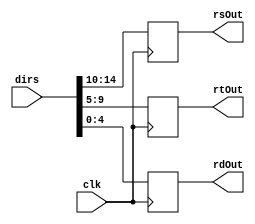
module BFF(
	input clk,
	input [14:0]dirs,
	output reg [4:0]
		rsOut,
		rtOut,
		rdOut
);

always @(posedge clk)
begin
	rsOut = dirs[14:10];
	rtOut = dirs[9:5];
	rdOut = dirs[4:0];
end
endmodule